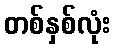
တစ်နှစ်လုံး